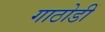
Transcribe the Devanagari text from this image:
गाठोडीं